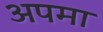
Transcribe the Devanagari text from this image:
अपमा